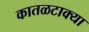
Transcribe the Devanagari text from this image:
कातळटाक्या